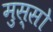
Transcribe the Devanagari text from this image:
मुस्सो